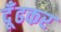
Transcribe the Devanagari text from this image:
दूँढकर